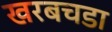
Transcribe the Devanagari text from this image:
खरबचडा